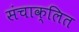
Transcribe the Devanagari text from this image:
संचाक्लित